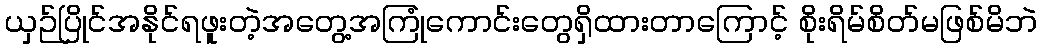
ယှဉ်ပြိုင်အနိုင်ရဖူးတဲ့အတွေ့အကြုံကောင်းတွေရှိထားတာကြောင့် စိုးရိမ်စိတ်မဖြစ်မိဘဲ